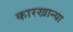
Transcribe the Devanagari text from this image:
कारखान्या